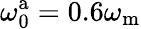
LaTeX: \omega_{\mathrm{0}}^{\mathrm{a}}=0.6\omega_{\mathrm{m}}